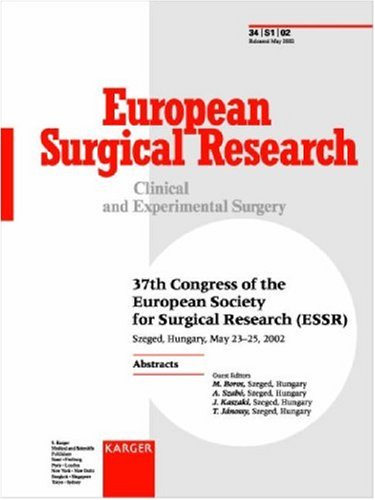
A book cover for European Society for Surgical Research (ESSR): 37th Congress, Szeged, May 2002: Abstracts (European Society for Surgical Research//Abstracts); Health, Fitness & Dieting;